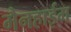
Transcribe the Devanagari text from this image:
मैनहाईम